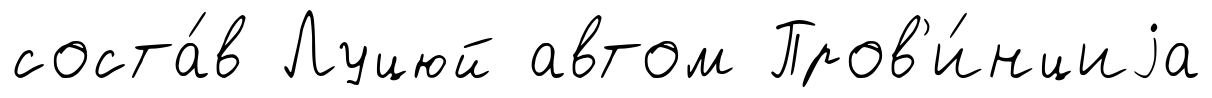
соста́в Луцюй автом Пров'и́нциjа